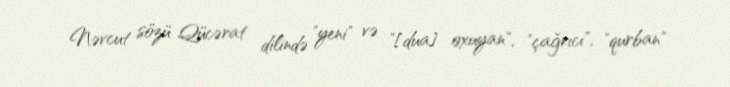
Nəvcut sözü Qücərat dilində "yeni" və "[dua] oxuyan", "çağrıcı", "qurban"